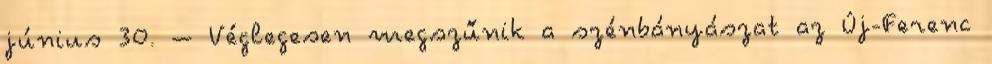
június 30. – Véglegesen megszűnik a szénbányászat az Új-Ferenc